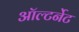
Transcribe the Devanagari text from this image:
ऑल्टर्नेट